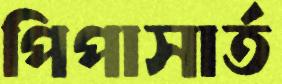
পিপাসার্ত